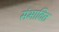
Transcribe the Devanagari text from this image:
संभावित